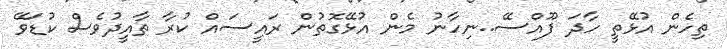
ތިހެން އުޅޭތީ ހާދަ ފޫއްސޭ..ނިހާނު މެން އުޅޭގޮތުން ރައީސައް ކުރާ ތާއީދުވެސް ކުޑަވޭ